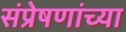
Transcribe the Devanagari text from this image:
संप्रेषणांच्या